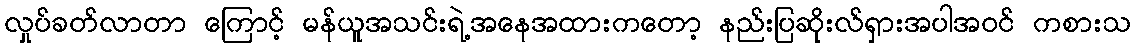
လှုပ်ခတ်လာတာ ကြောင့် မန်ယူအသင်းရဲ့အနေအထားကတော့ နည်းပြဆိုးလ်ရှားအပါအဝင် ကစားသ